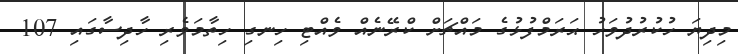
މިދިޔަ ހުކުރުދުވަހު ޙަރަމްފުޅުގެ މައްޗަށް ކްރޭނެއް ވެއްޓި ހިނގި ހިތާމަވެރި ހާދިސާގައި 107